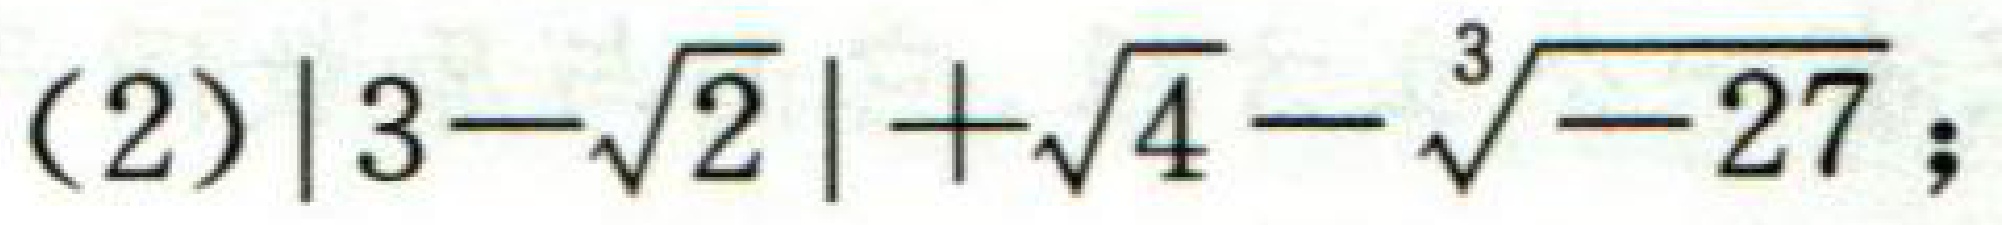
(2)$|3 - \sqrt{2}|+\sqrt{4}-\sqrt[3]{-27}$;